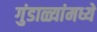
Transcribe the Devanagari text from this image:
गुंडाळ्यांमध्ये